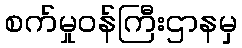
စက်မှုဝန်ကြီးဌာနမှ